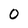
Character: 0